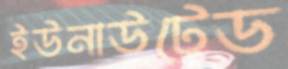
ইউনাউটেড